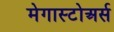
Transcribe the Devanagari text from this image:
मेगास्टोअर्स